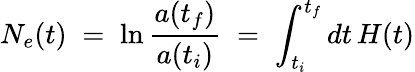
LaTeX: N_{e}(t)\; =\; \ln{\frac{a(t_{f})}{a(t_{i})}}\; =\; \int_{t_{i}}^{t_{f}}dt\, H(t)